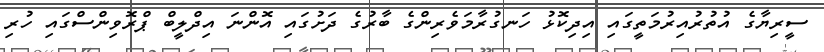
ސީރިޔާގެ އުތުރުއިރުމަތީގައި އިދިކޮޅު ހަނގުރާމަވެރިންގެ ބާރުގެ ދަށުގައި އޮންނަ އިދްލީބް ޕްރޮވިންސްގައި ހުރި